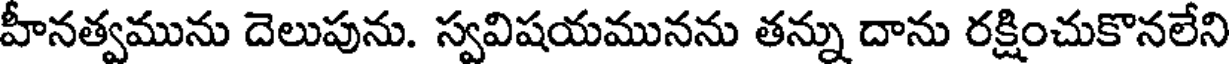
హీనత్వమును దెలుపును. స్వవిషయమునను తన్ను దాను రక్షించుకొనలేని